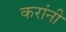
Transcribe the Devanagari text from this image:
करांनी